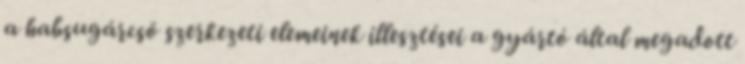
a habsugárcsõ szerkezeti elemeinek illesztései a gyártó által megadott